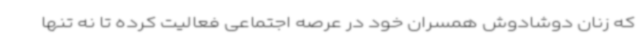
که زنان دوشادوش همسران خود در عرصه اجتماعی فعالیت کرده تا نه تنها